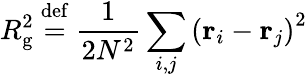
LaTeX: R_{\mathrm{g}}^{2}\ {\stackrel{\mathrm{def}}{=}}\ {\frac{1}{2N^{2}}}\sum_{i,j}\left(\mathbf{r}_{i}-\mathbf{r}_{j}\right)^{2}